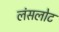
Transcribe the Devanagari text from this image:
लंसलोट